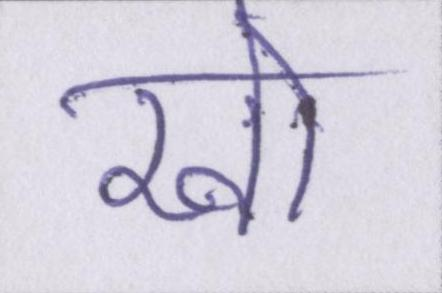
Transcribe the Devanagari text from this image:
खो